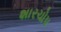
શારચોપ